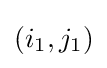
(i_{1},j_{1})